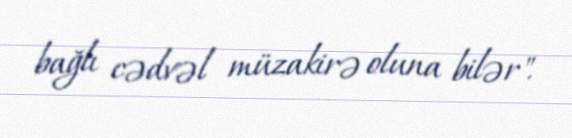
bağlı cədvəl müzakirə oluna bilər".